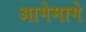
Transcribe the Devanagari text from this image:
आगेमागे